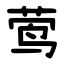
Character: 莺